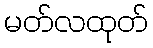
မတ်လထုတ်